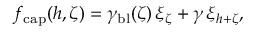
f _ { \mathrm { c a p } } ( h , \zeta ) = \gamma _ { \mathrm { b l } } ( \zeta ) \, \xi _ { \zeta } + \gamma \, \xi _ { h + \zeta } ,